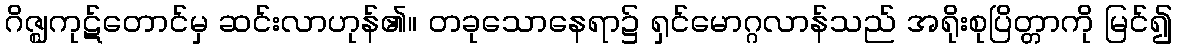
ဂိဇ္ဈကုဋ်တောင်မှ ဆင်းလာဟုန်၏။ တခုသောနေရာ၌ ရှင်မောဂ္ဂလာန်သည် အရိုးစုပြိတ္တာကို မြင်၍